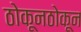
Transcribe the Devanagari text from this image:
ठोकूनठोकून